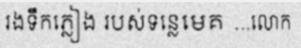
រងទឹកភ្លៀង របស់ទន្លេមេគ ...លោក